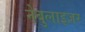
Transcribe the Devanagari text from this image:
नेबुलाइज़र